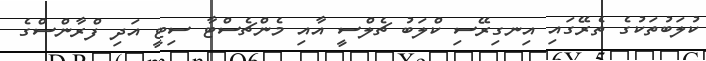
ކުލަބުތަކުގެ ތެރޭގައި އިނގިރޭސި ކްލަބު ޗެލްސީ އާއި މެންޗެސްޓާ ސިޓީ އަދި ފްރާންސްގެ